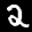
Label: 2